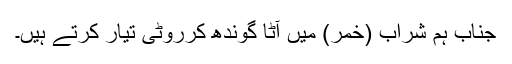
جناب ہم شراب (خمر) ميں آٹا گوندھ کرروٹی تیار کرتے ہيں۔